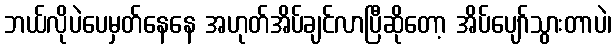
ဘယ်လိုပဲပေမှတ်နေနေ အဟုတ်အိပ်ချင်လာပြီဆိုတော့ အိပ်ပျော်သွားတာပဲ၊